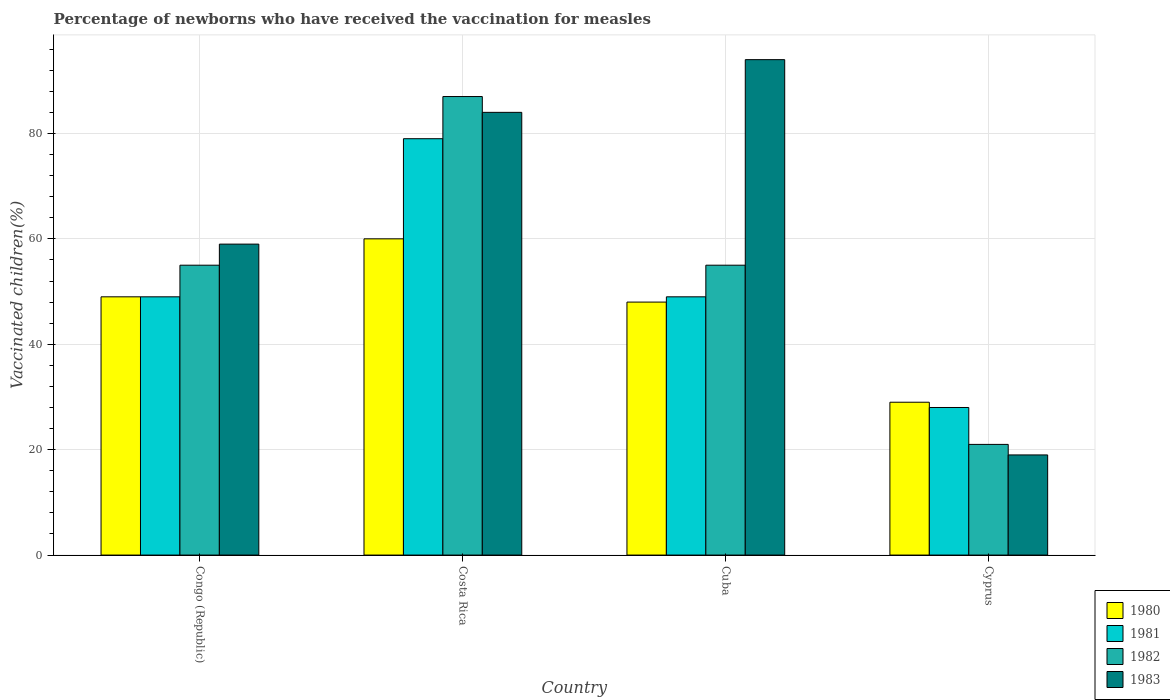
| Country | 1980 | 1981 | 1982 | 1983 |
 | --- | --- | --- | --- | --- |
 | Congo (Republic) | 49 | 49 | 55 | 59 |
 | Costa Rica | 60 | 79 | 87 | 84 |
 | Cuba | 48 | 49 | 55 | 94 |
 | Cyprus | 29 | 28 | 21 | 19 |